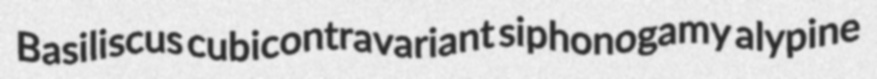
Basiliscus cubicontravariant siphonogamy alypine